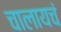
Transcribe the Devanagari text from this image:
चालायचं